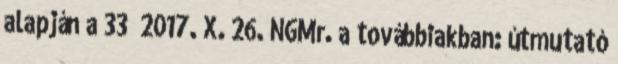
alapján a 33 2017. X. 26. NGMr. a továbbiakban: útmutató